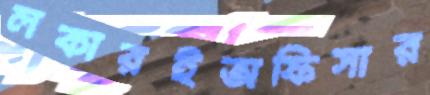
লকারইঅফিসার